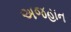
અજહાન